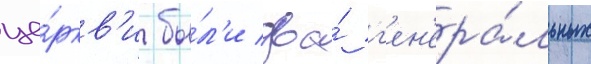
це́ркв'и бы́л'и два́ г'ен'ера́льных